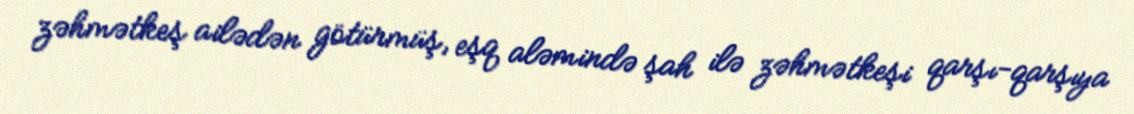
zəhmətkeş ailədən götürmüş, eşq aləmində şah ilə zəhmətkeşi qarşı-qarşıya